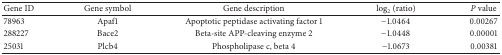
<table><thead><tr><td><b>Gene ID</b></td><td><b>Gene symbol</b></td><td><b>Gene description</b></td><td><b>log<sub>2</sub> (ratio)</b></td><td><b><i>P</i> value</b></td></tr></thead><tbody><tr><td>78963</td><td>Apaf1</td><td>Apoptotic peptidase activating factor 1</td><td>−1.0464</td><td>0.00267</td></tr><tr><td>288227</td><td>Bace2</td><td>Beta-site APP-cleaving enzyme 2</td><td>−1.0448</td><td>0.00001</td></tr><tr><td>25031</td><td>Plcb4</td><td>Phospholipase c, beta 4</td><td>−1.0673</td><td>0.00381</td></tr></tbody></table>